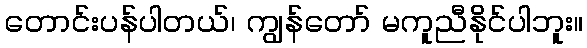
တောင်းပန်ပါတယ်၊ ကျွန်တော် မကူညီနိုင်ပါဘူး။